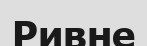
Ривне